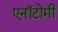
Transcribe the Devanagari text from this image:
एनॉटोमी